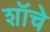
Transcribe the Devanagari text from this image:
शॉचे